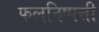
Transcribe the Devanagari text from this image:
फलनिष्पत्ती